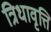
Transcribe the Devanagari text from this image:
त्रिधावृत्ति